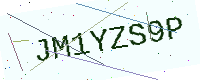
Text: JM1YZS9P